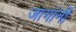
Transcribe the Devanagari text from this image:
जागांनी